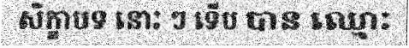
សិក្ខាបទ នោះ ៗ ទើប បាន ឈ្មោះ